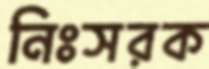
নিঃসরক